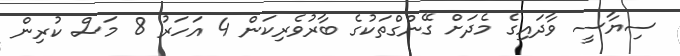
ސިޔާސީ ވާދައިގެ މެދަށް ގޭންގްތަކުގެ ބާރުވެރިކަން 4 އަހަރު 8 މަސް ކުރިން